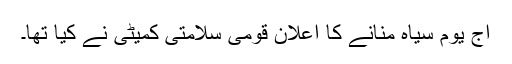
آج یوم سیاہ منانے کا اعلان قومی سلامتی کمیٹی نے کیا تھا۔